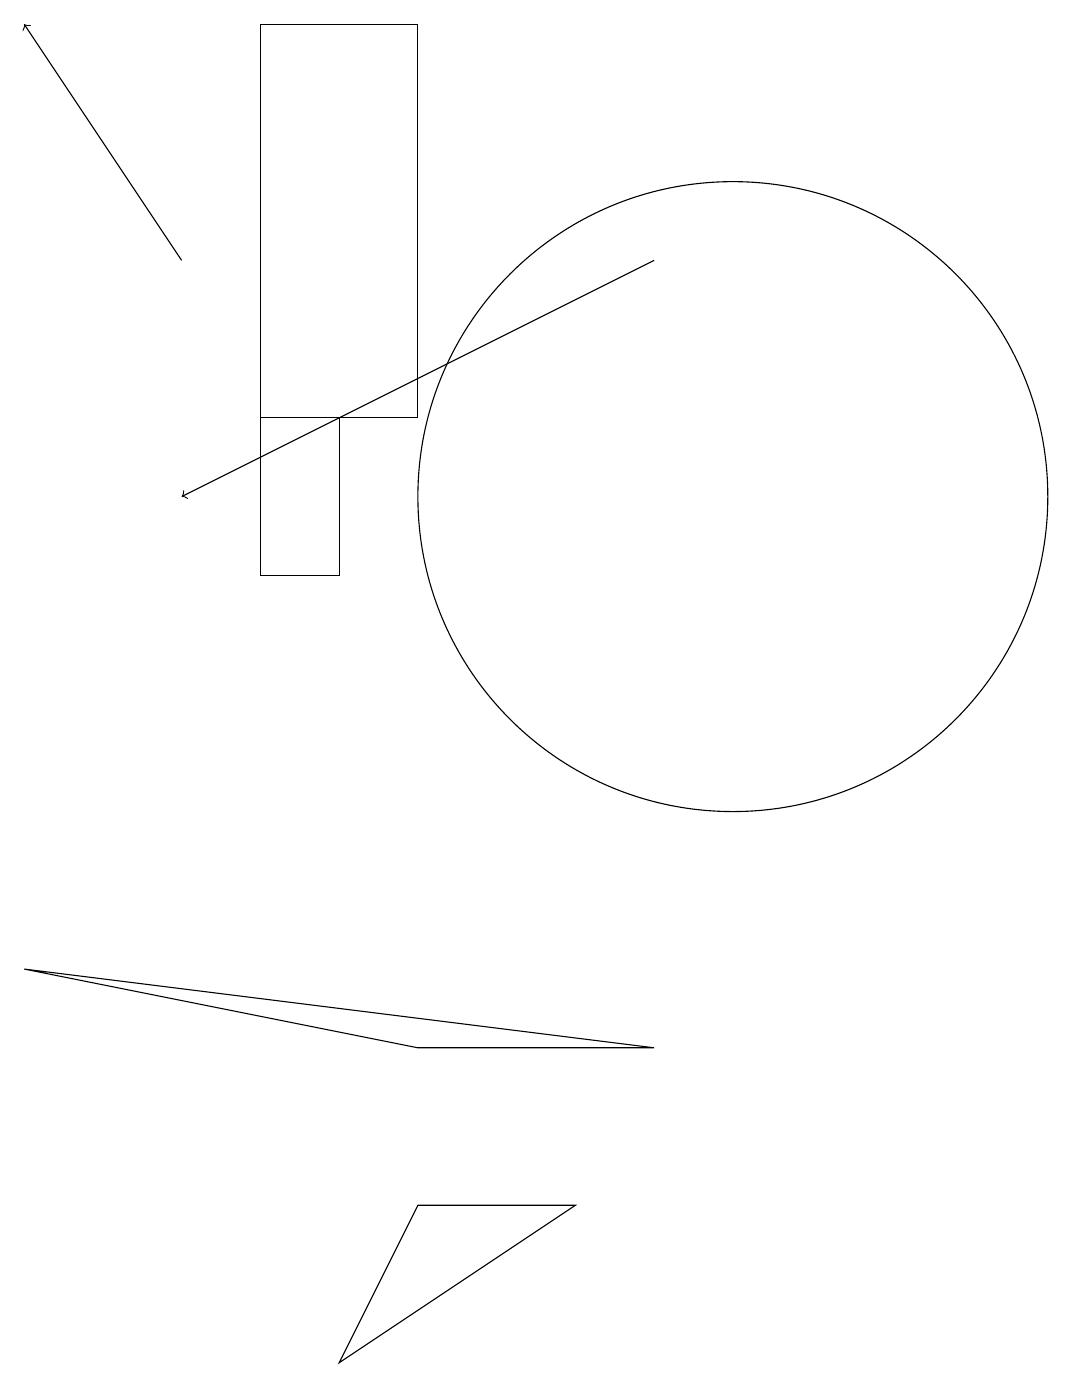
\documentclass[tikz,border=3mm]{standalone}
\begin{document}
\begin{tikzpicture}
\draw[->] (9,14) -- (3,11);
\draw[->] (3,14) -- (1,17);
\draw (6,2) -- (8,2) -- (5,0) -- cycle;
\draw (1,5) -- (6,4) -- (9,4) -- cycle;
\draw (6,12) rectangle (4,17);
\draw (4,10) rectangle (5,12);
\draw (10,11) circle (4);
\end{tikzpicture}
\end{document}